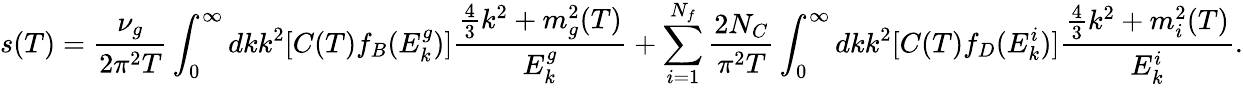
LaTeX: s(T)=\frac{\nu_{g}}{2\pi^{2}T}\int_{0}^{\infty}dkk^{2}[C(T)f_{B}(E_{k}^{g})]\frac{\frac{4}{3}k^{2}+m_{g}^{2}(T)}{E_{k}^{g}}+\sum_{i=1}^{N_{f}}\frac{2N_{C}}{\pi^{2}T}\int_{0}^{\infty}dkk^{2}[C(T)f_{D}(E_{k}^{i})]\frac{\frac{4}{3}k^{2}+m_{i}^{2}(T)}{E_{k}^{i}}.